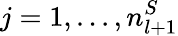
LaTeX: j=1,...,n_{l+1}^{S}